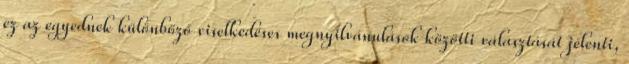
ez az egyednek különböző viselkedéses megnyilvánulások közötti választását jelenti,